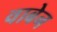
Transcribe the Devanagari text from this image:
वाबेन